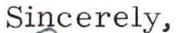
Sincerely,